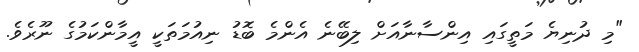
"މި ދުނިޔެ މަތީގައި އިންސާނާއަށް ލިބޭނެ އެންމެ ބޮޑު ނިއުމަތަކީ އީމާންކަމުގެ ނޫރެވެ.